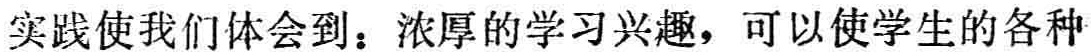
实践使我们体会到：浓厚的学习兴趣，可以使学生的各种